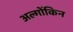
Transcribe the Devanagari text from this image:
अल्गोंकिन